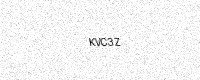
Text: KVC3Z